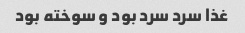
غذا سرد سرد بود و سوخته بود